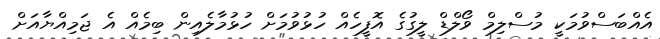
އެއްބަސްވުމަކީ މުސްލިމް ވޯލްޑް ލީގުގެ އޮފީހެއް ހުޅުވުމަށް ހުޅުމާލެއިން ބިމެއް އެ ޖަމިއްޔާއަށް